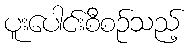
ပူးပေါင်းစီစဉ်သည့်